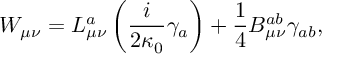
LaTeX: W _ { \mu \nu } = L _ { \mu \nu } ^ { a } \left( \frac { i } { 2 \kappa _ { 0 } } \gamma _ { a } \right) + \frac { 1 } { 4 } B _ { \mu \nu } ^ { a b } \gamma _ { a b } ,